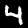
Label: 4